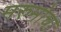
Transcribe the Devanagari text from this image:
मरुमोचा